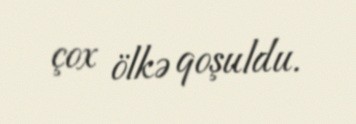
çox ölkə qoşuldu.